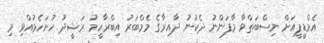
އެމްޑީޕީއަށް ނިސްބަތްވާ މާފަންނު ދެކުނު ދާއިރާގެ މެމްބަރު އިބްރާހީމު ރަޝީދު ހުށަހެޅުއްވި މި